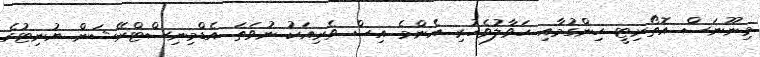
މިނޫނަސް އޮތޯރިޓީ ހިންގުމާއި ހަވާލުވެހުރި އެންމެ އިސް ވެރިއަކު ނުވަތަ އެޑްމިނިސްޓްރޭޝަން ޔުނިޓުގެ